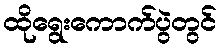
ထိုရွေးကောက်ပွဲတွင်